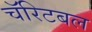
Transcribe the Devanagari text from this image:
चॅरिटबल